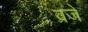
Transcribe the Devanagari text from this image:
व्रजे